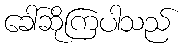
ခေါ်ဆိုကြပါသည်